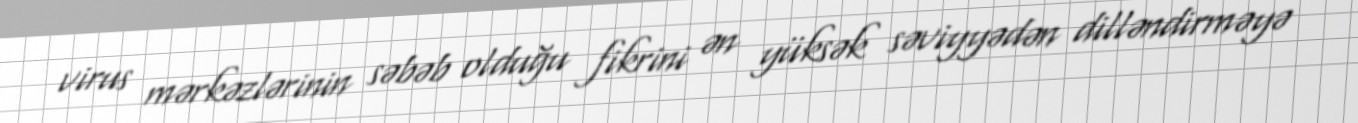
virus mərkəzlərinin səbəb olduğu fikrini ən yüksək səviyyədən dilləndirməyə